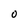
Character: O